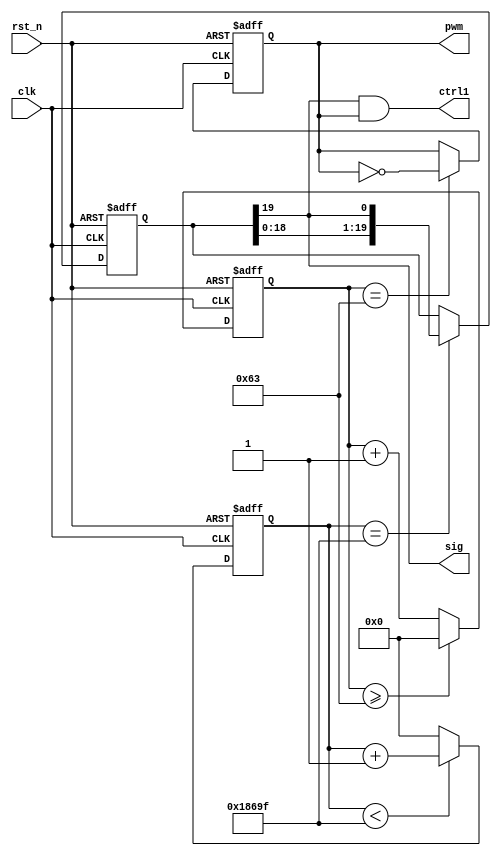
/*
	module: tag ctrl
	author:xyr
	date: 08/10/2020
*/
module process (
	input clk, rst_n,
	output sig, ctrl1,
	output reg pwm
);
// clk 100M

parameter DATA = 20'b1010111_0010_0000_1010_1;
reg [19:0] data = DATA;


// pwm 500k
reg [31:0] cnt_500k;
initial begin 
	cnt_500k = 'b0;
end
always@(posedge clk or negedge rst_n)begin
	if(!rst_n)begin
		cnt_500k <= 'b0;
	end
	else begin
		// 1M
		if(cnt_500k >= 32'd100 - 'b1)begin
			cnt_500k <= 'b0;
		end
		else begin
			cnt_500k <= cnt_500k + 32'd1;
		end
	end
end 
wire En_500k = (cnt_500k == 32'd100 - 'b1);

// pwm
initial begin 
	pwm = 'b0;
end
always@(posedge clk or negedge rst_n)begin
	if(!rst_n)begin
		pwm <= 'b0;
	end
	else begin
		if(En_500k)begin
			pwm <= ~pwm;
		end	
		else begin
			pwm <= pwm;
		end
	end
end




// en 1ms
reg [31:0] cnt_1ms;
initial begin
	cnt_1ms = 'b0;
end
always@(posedge clk or negedge rst_n) begin
	if (!rst_n)begin
		cnt_1ms <= 'b0;
	end
	else begin
		if(cnt_1ms < 32'd100_000 - 32'd1)begin
			cnt_1ms <= cnt_1ms + 32'd1;
		end
		else begin
			cnt_1ms <= 'b0;
		end
	end
end
wire En_1ms = (cnt_1ms == 32'd100_000 - 32'd1);


always@(posedge clk or negedge rst_n)begin
	if(!rst_n)begin
		data <= DATA;
	end
	else begin
		if(En_1ms)begin
			data <= {data[18:0], data[19]};
		end
		else begin
			data <= data;
		end
	end
end

assign sig = data[19];
assign ctrl1 = sig & pwm;

endmodule